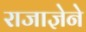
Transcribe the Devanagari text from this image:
राजाज्ञेने